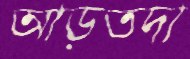
আড়তদা